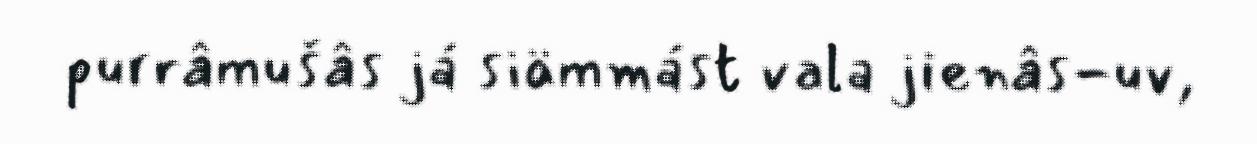
purrâmušâs já siämmást vala jienâs-uv,